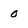
Character: o